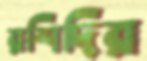
রশিদির